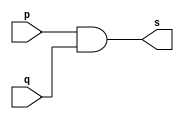
// ------------------------- 
// Exemplo0003 - AND 
// Nome: Jorge Luis dos Santos Leal 
// ------------------------- 
// ------------------------- 
// -- and gate 
// ------------------------- 
module andgate ( output s, 
input p, 
input q); 
assign s = p & q; 
endmodule // andgate 
// --------------------- 
// -- test and gate 
// --------------------- 
module testandgate; 
// ------------------------- dados locais 
reg a, b; // definir registradores 
wire s; // definir conexao (fio) 
// ------------------------- instancia 
andgate AND1 (s, a, b); 
// ------------------------- preparacao 
initial begin:start 
a=0; b=0; 
end 
// ------------------------- parte principal 
initial begin 
$display("Exemplo0003 - Jorge Luis dos Santos Leal - 417466"); 
$display("Test AND gate"); 
$display("\na & b = s\n"); 
a=0; b=0; 
#1 $display("%b & %b = %b", a, b, s); 
a=0; b=1; 
#1 $display("%b & %b = %b", a, b, s); 
a=1; b=0; 
#1 $display("%b & %b = %b", a, b, s); 
a=1; b=1; 
#1 $display("%b & %b = %b", a, b, s); 
end 
endmodule // testandgate